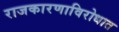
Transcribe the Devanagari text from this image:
राजकारणाविरोधात